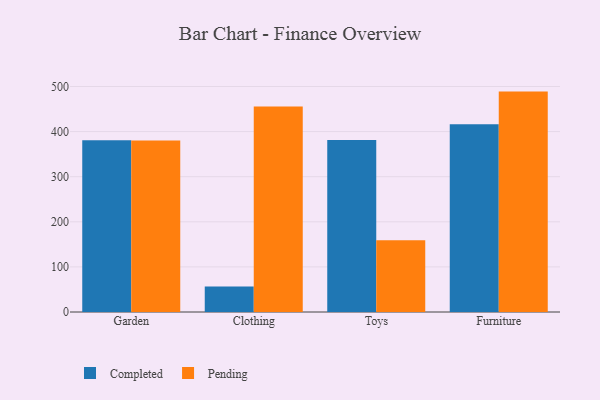
{"axis": {"x": "Category", "y": "Active Users"}, "legend": ["Completed", "Pending"], "data": [{"x": "Garden", "y": 380.7, "type": "Completed"}, {"x": "Garden", "y": 380.1, "type": "Pending"}, {"x": "Clothing", "y": 56.6, "type": "Completed"}, {"x": "Clothing", "y": 455.5, "type": "Pending"}, {"x": "Toys", "y": 381.6, "type": "Completed"}, {"x": "Toys", "y": 158.9, "type": "Pending"}, {"x": "Furniture", "y": 416.1, "type": "Completed"}, {"x": "Furniture", "y": 488.7, "type": "Pending"}]}